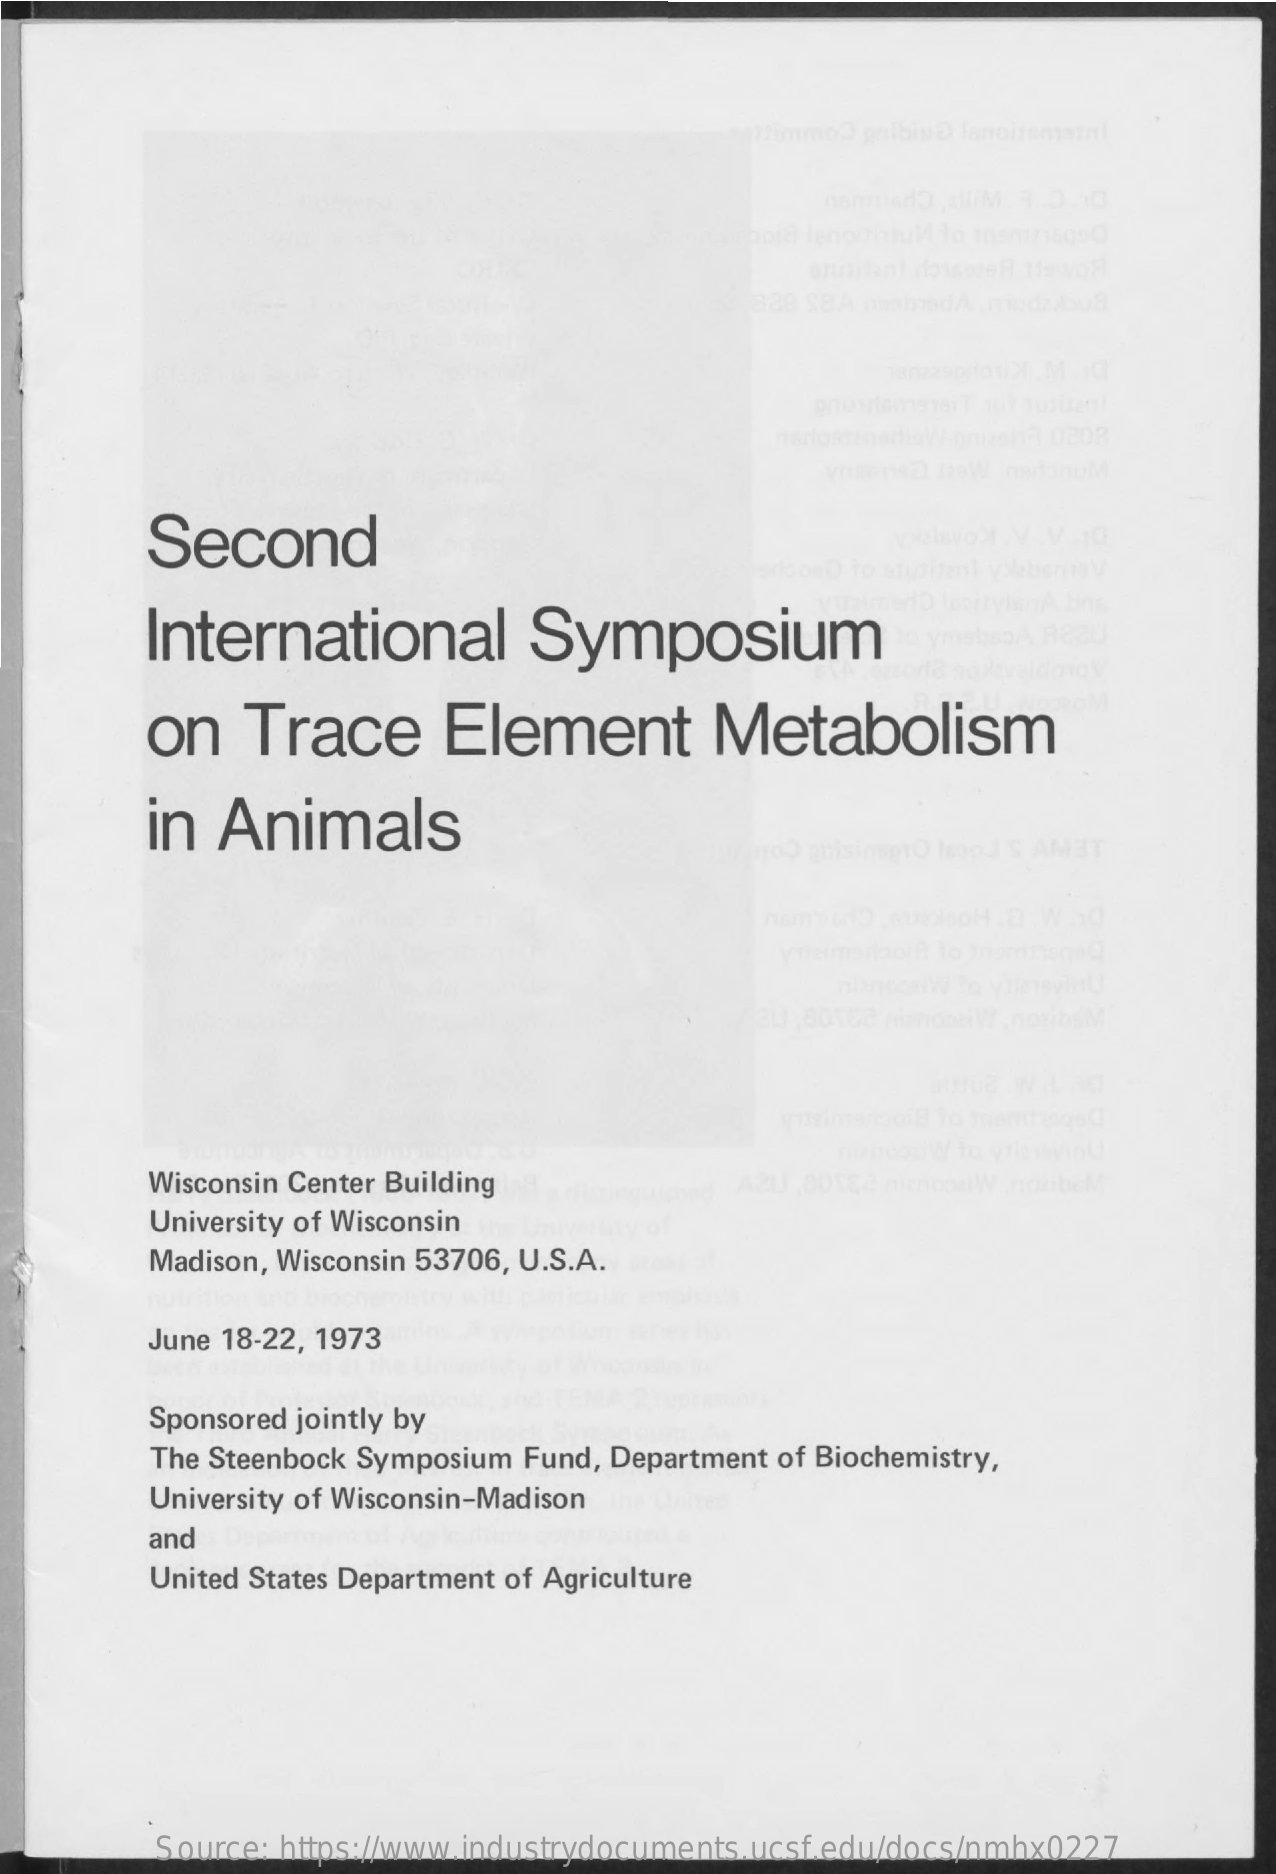
Second
     International    Symposium
     on    Trace    Element    Metabolism
     in  Animals
     Wisconsin Center Building
     University of Wisconsin
     Madison, Wisconsin 53706, U.S.A.
     June 18-22, 1973
     Sponsored jointly by
     The Steenbock Symposium Fund, Department of Biochemistry,
     University of Wisconsin-Madison
     and
     United States Department of Agriculture
     Source: https://www.industrydocuments.ucsf.edu/docs/nmhx0227